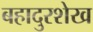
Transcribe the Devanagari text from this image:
बहादुरशेख